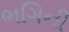
ભગિની